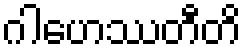
ဂါဟေဿတီတိ